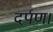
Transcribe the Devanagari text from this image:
दर्पण।